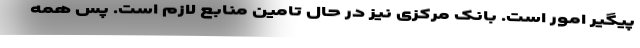
پیگیر امور است. بانک مرکزی نیز در حال تامین منابع لازم است. پس همه